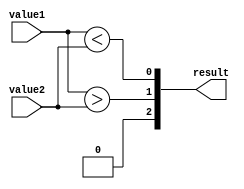
module comparator_32bit (
    input [31:0] value1,
    input [31:0] value2,
    output [2:0] result
);

wire [31:0] equal;
wire [31:0] greater;
wire [31:0] less;

assign equal = (value1 == value2);
assign greater = (value1 > value2);
assign less = (value1 < value2);

assign result[2] = &equal;
assign result[1] = |greater;
assign result[0] = |less;

endmodule